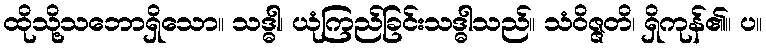
ထိုသို့သဘောရှိသော။ သဒ္ဓါ၊ ယုံကြည်ခြင်းသဒ္ဓါသည်။ သံဝိဇ္ဇတိ၊ ရှိကုန်၏။ ပ။